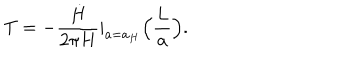
LaTeX: T = - { \frac { \dot { H } } { 2 \pi H } } | _ { a = a _ { H } } \Big ( { \frac { L } { a } } \Big ) .